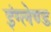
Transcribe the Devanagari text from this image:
इंग्लेण्ड